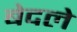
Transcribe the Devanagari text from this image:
बेदले